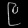
Digit: ၉